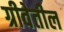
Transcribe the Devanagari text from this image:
ग्रीवेतील